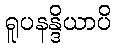
ရူပနန္ဒိယာပိ